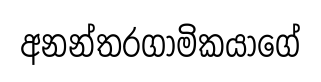
අනන්තරගාමිකයාගේ